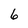
Character: 6